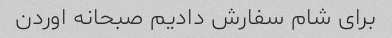
برای شام سفارش دادیم صبحانه اوردن